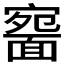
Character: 𩈱